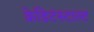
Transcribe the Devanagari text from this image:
क्रेडिटंस्टाल्ट